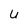
Character: u